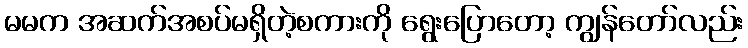
မမက အဆက်အစပ်မရှိတဲ့စကားကို ရွေးပြောတော့ ကျွန်တော်လည်း